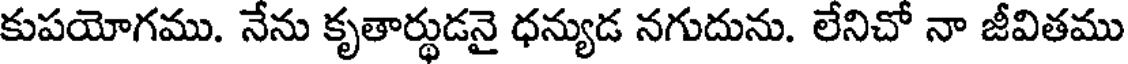
కుపయోగము. నేను కృతార్థుడనై ధన్యుడ నగుదును. లేనిచో నా జీవితము